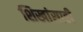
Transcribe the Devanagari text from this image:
शिखांसाठी